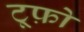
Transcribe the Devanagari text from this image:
टूफ़ो